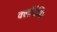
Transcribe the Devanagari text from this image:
क्लॉदेमिर